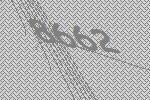
8662